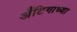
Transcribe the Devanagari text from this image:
अँटिगाच्या